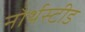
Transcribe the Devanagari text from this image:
नोर्थस्टीड